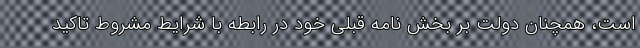
است، همچنان دولت بر بخش نامه قبلی خود در رابطه با شرایط مشروط تاکید